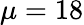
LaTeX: \mu=18